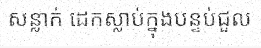
សន្លាក់ ដេកស្លាប់ក្នុងបន្ទប់ជួល